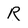
Character: R